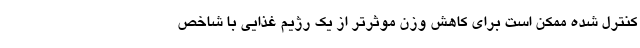
کنترل شده ممکن است برای کاهش وزن موثرتر از یک رژیم غذایی با شاخص